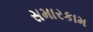
સમારકામ